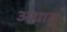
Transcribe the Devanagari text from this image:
अथाडु